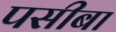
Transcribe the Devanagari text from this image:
पसीबा